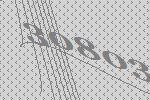
30803